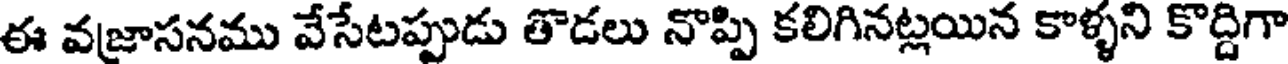
ఈ వజాసనము వేసేటప్పుడు తొడలు నొప్పి కలిగినట్లయిన కాళ్ళని కొద్దిగా